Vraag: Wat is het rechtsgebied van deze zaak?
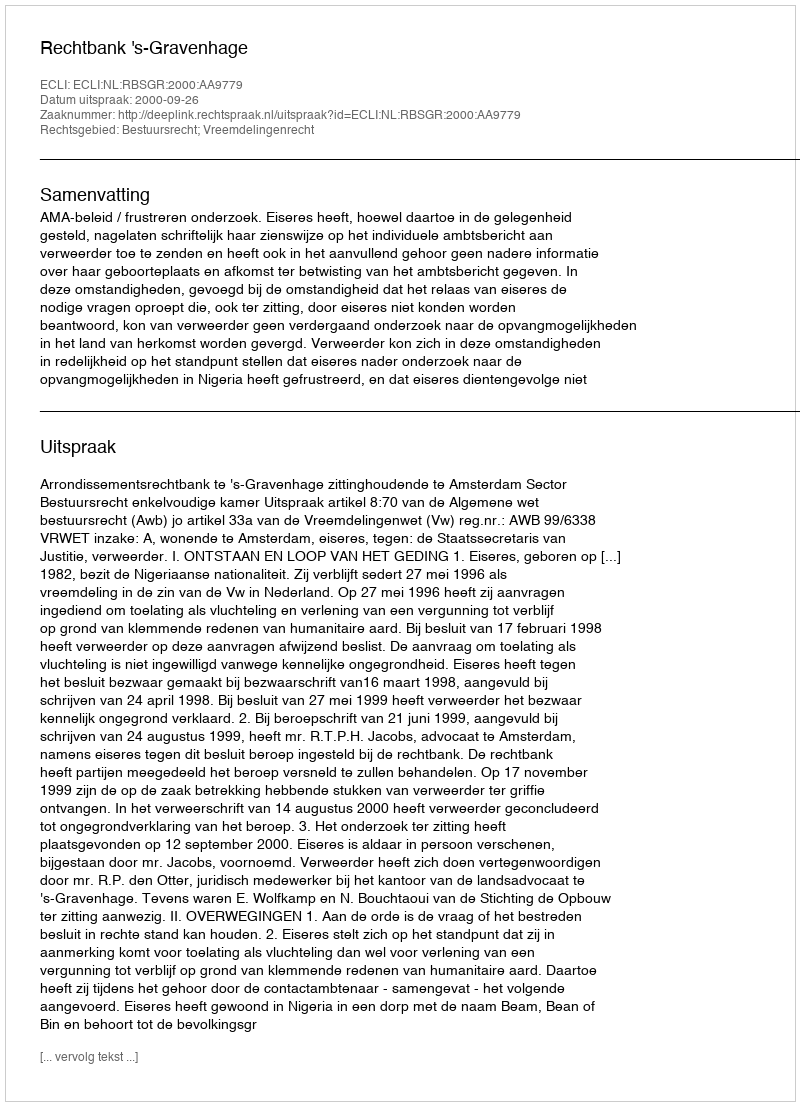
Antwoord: Bestuursrecht; Vreemdelingenrecht